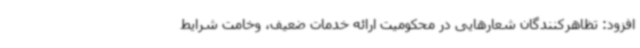
افزود: تظاهرکنندگان شعارهایی در محکومیت ارائه خدمات ضعیف، وخامت شرایط